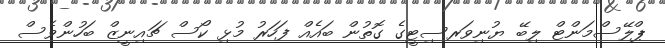
ޕްލޭސްމަންޓް ލިބޭ ޔުނިވަރސިޓީގެ ގޮތުން ބައެއް ފަހަރު މުޅި ކޯސް ޗައިނީޒް ބަހުންވެސް